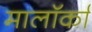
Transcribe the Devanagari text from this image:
मालॉर्का